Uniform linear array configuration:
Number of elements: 64
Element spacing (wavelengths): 0.75
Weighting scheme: kaiser
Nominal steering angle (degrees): -60
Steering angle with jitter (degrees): -61.986
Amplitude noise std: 0.05
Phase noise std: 0.05

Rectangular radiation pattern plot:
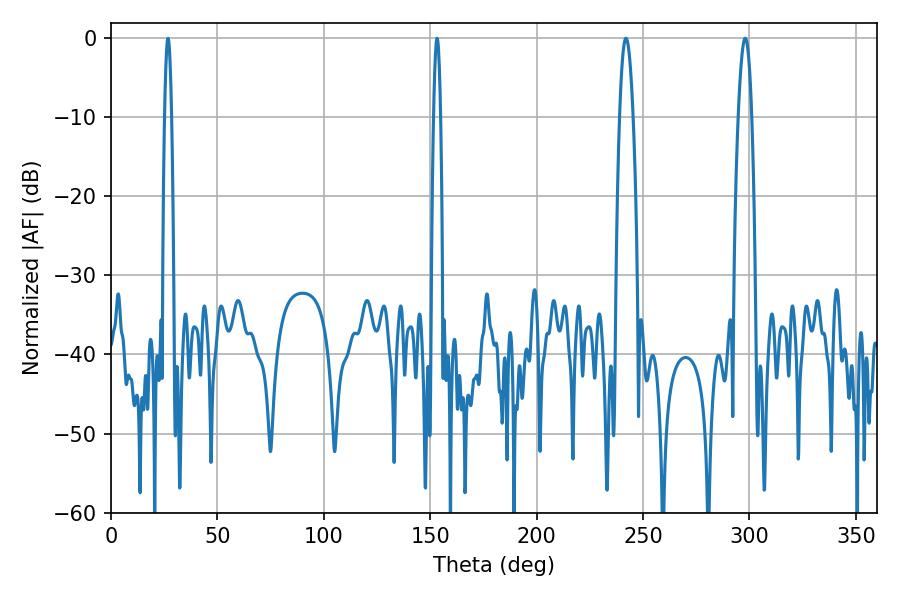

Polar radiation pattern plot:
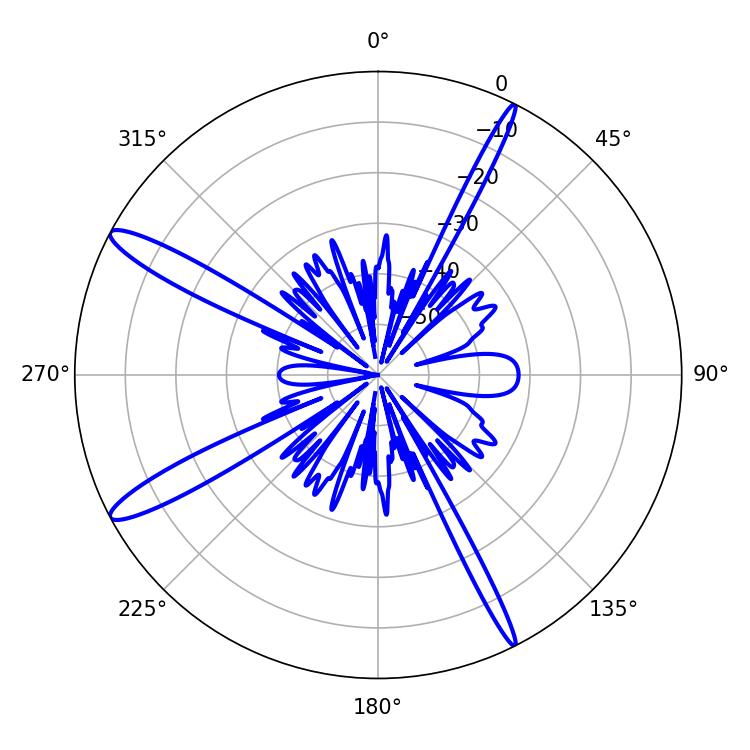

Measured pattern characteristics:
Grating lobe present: TRUE
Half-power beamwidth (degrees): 3.42
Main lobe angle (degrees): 241.92